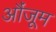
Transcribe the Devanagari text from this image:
औंजूम